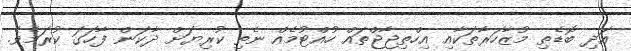
އަދި ބޮޑެތި މުޒާހަރާތަކާއި އިހްތިޖާޖްތައް ހުއްޓުމެއް ނެތި ކުރިޔަށް ދާކަން ފާހަގަ ކުރަމެވެ.